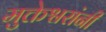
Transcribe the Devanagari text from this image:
मुक्तेश्वरांनी